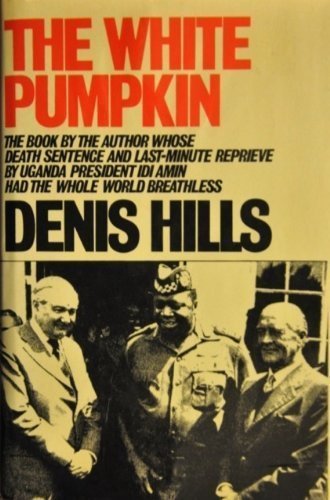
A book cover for The White Pumpkin; Denis Cecil. Hills; Travel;